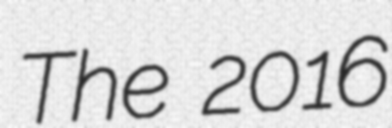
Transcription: The 2016